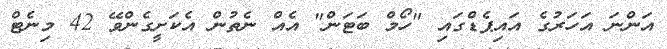
އަންނަ އަހަރުގެ އައިޕެޑްގައި "ހޯމް ބަޓަން" އެއް ނެތުން އެކަށީގެންވޭ 42 މިނެޓް